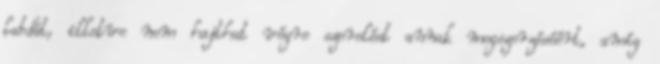
labdát, illetve nem hajthat végre szerelést annak megszerzéséért, amíg